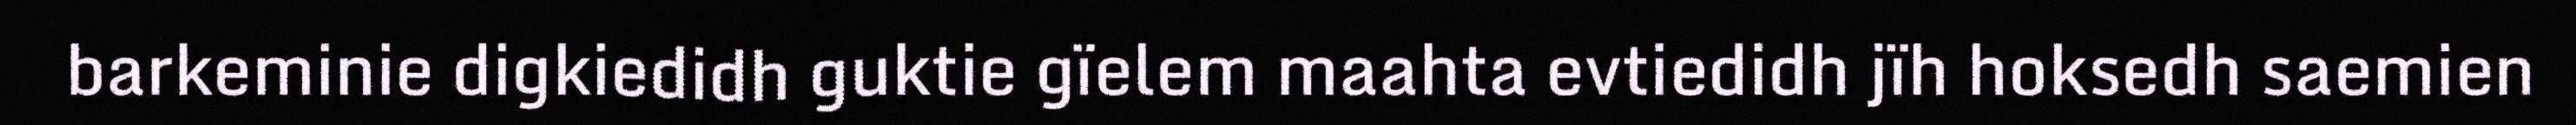
barkeminie digkiedidh guktie gïelem maahta evtiedidh jïh hoksedh saemien